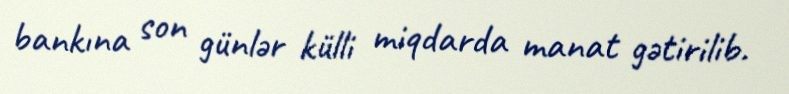
bankına son günlər külli miqdarda manat gətirilib.